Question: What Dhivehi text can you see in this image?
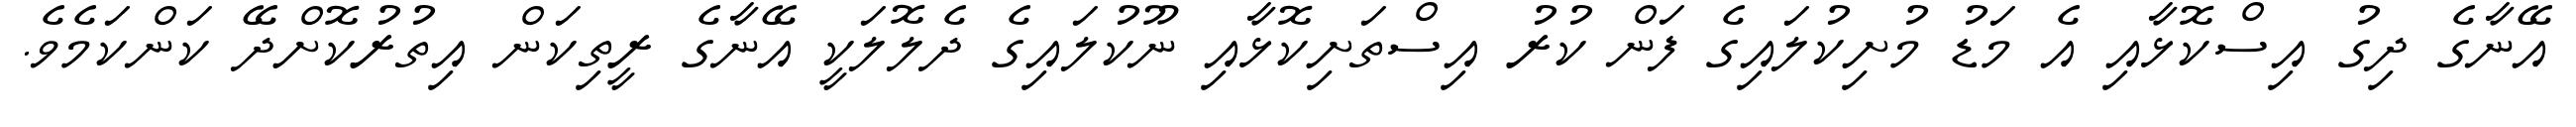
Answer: އޭނާގެ ދިގު އިސްކޮޅާއި އެ މަޑު މުށިކުލައިގެ ފަން ކުރު އިސްތަށިކޮޅާއި ނޫކުލައިގެ ދެލޮލަކީ އޭނާގެ ރީތިކަން އިތުރުކޮށްދޭ ކަންކަމެވެ.